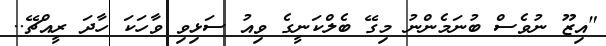
"އިޒޫ ނުވެސް ބުނަމެންނު މިގޭ ބެލްކަނީގެ ވިއު ސަޅިވި ވާހަކަ ހާދަ ރީއްޗޭ..